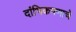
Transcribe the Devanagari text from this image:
दांभिकपणाचे